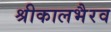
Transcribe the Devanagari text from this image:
श्रीकालभैरव